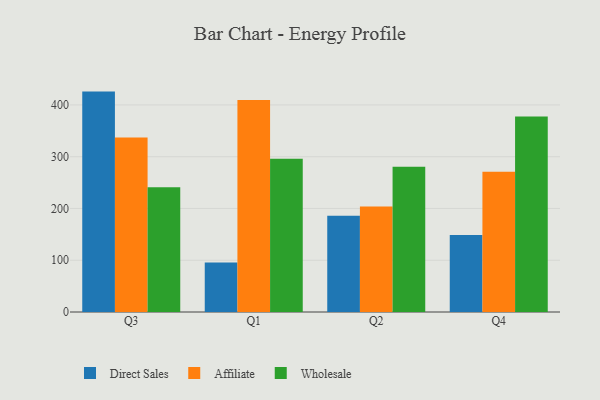
{"axis": {"x": "Quarter", "y": "Satisfaction Score"}, "legend": ["Affiliate", "Direct Sales", "Wholesale"], "data": [{"x": "Q3", "y": 425.8, "type": "Direct Sales"}, {"x": "Q3", "y": 337.2, "type": "Affiliate"}, {"x": "Q3", "y": 240.8, "type": "Wholesale"}, {"x": "Q1", "y": 95.6, "type": "Direct Sales"}, {"x": "Q1", "y": 409.8, "type": "Affiliate"}, {"x": "Q1", "y": 296.2, "type": "Wholesale"}, {"x": "Q2", "y": 186.0, "type": "Direct Sales"}, {"x": "Q2", "y": 204.0, "type": "Affiliate"}, {"x": "Q2", "y": 280.8, "type": "Wholesale"}, {"x": "Q4", "y": 149.0, "type": "Direct Sales"}, {"x": "Q4", "y": 271.1, "type": "Affiliate"}, {"x": "Q4", "y": 377.6, "type": "Wholesale"}]}